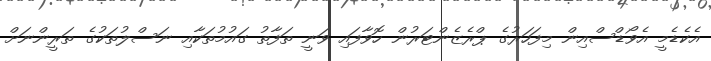
އެކެޑެމީ އެވޯޑްސްއިން މިފަހަރުގެ ޕްރެޒެންޓަރުން ހޮވާފައި ވަނީ ތަފާތު ގައުމުތަކާއި ނަސްލުތަކުގެ ތަރީންނަށް